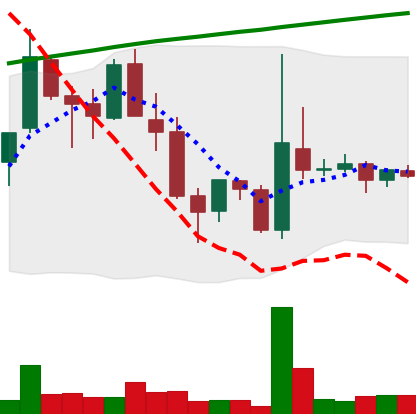
Ticker: TRX-USD
Chart end date: 2018-04-11
Forward return: 13.744%
Label: up_7plus